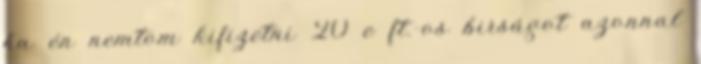
ha én nemtom kifizetni 20 e ft.-os birságot azonnal